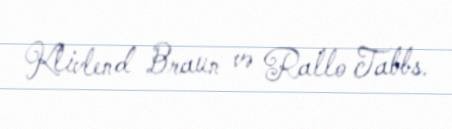
Klivlend Braun və Rallo Tabbs.